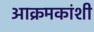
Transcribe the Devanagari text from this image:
आक्रमकांशी